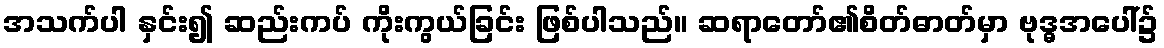
အသက်ပါ နှင်း၍ ဆည်းကပ် ကိုးကွယ်ခြင်း ဖြစ်ပါသည်။ ဆရာတော်၏စိတ်ဓာတ်မှာ ဗုဒ္ဓအပေါ်၌